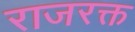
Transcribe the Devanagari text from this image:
राजरक्त